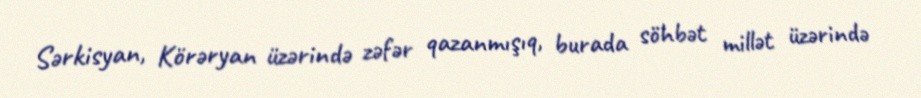
Sərkisyan, Körəryan üzərində zəfər qazanmışıq, burada söhbət millət üzərində